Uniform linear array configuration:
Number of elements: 64
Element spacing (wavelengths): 0.5
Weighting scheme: hamming
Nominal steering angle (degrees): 60
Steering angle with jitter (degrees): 60.857
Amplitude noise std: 0.05
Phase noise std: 0.05

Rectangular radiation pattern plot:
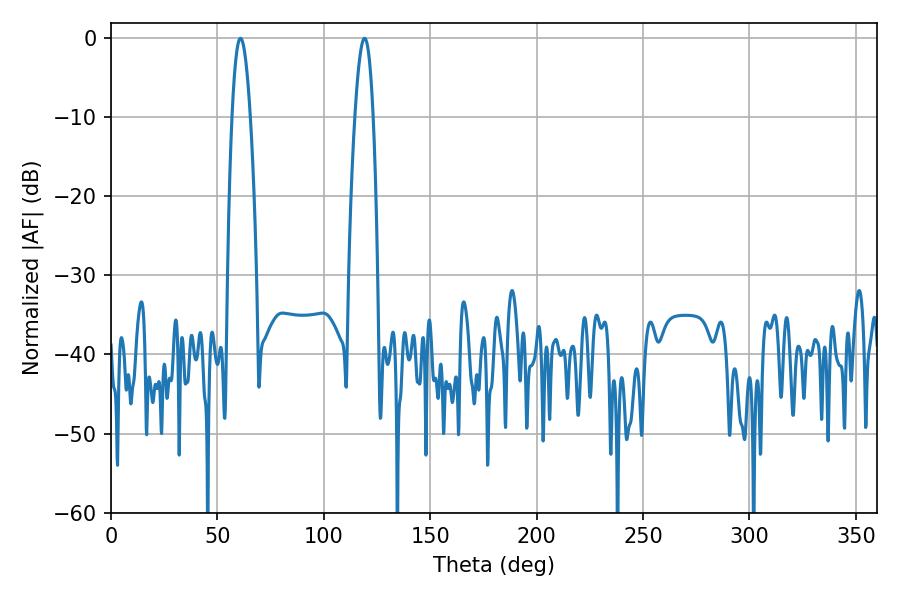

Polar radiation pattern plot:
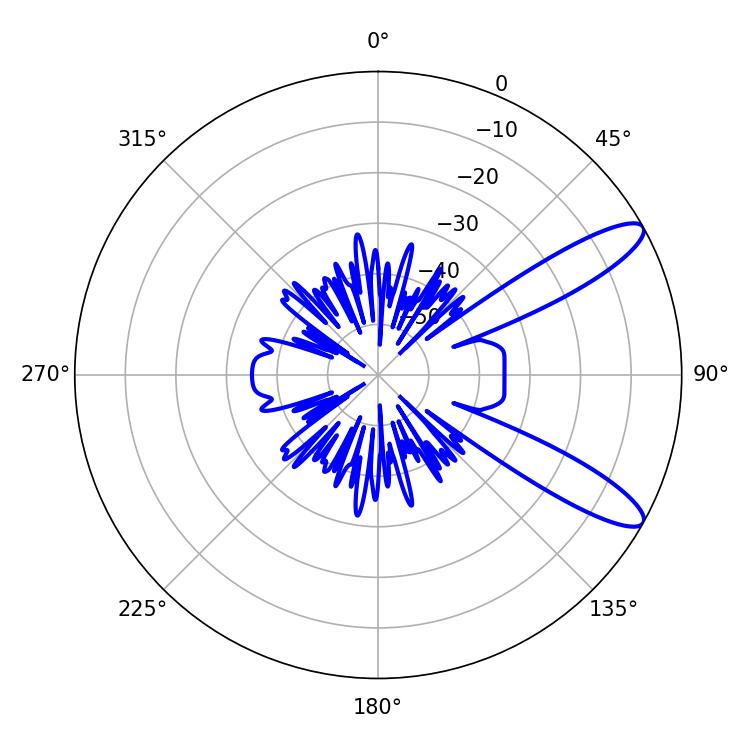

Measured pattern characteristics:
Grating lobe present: FALSE
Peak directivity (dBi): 11.077
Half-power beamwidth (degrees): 4.68
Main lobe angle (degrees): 60.84